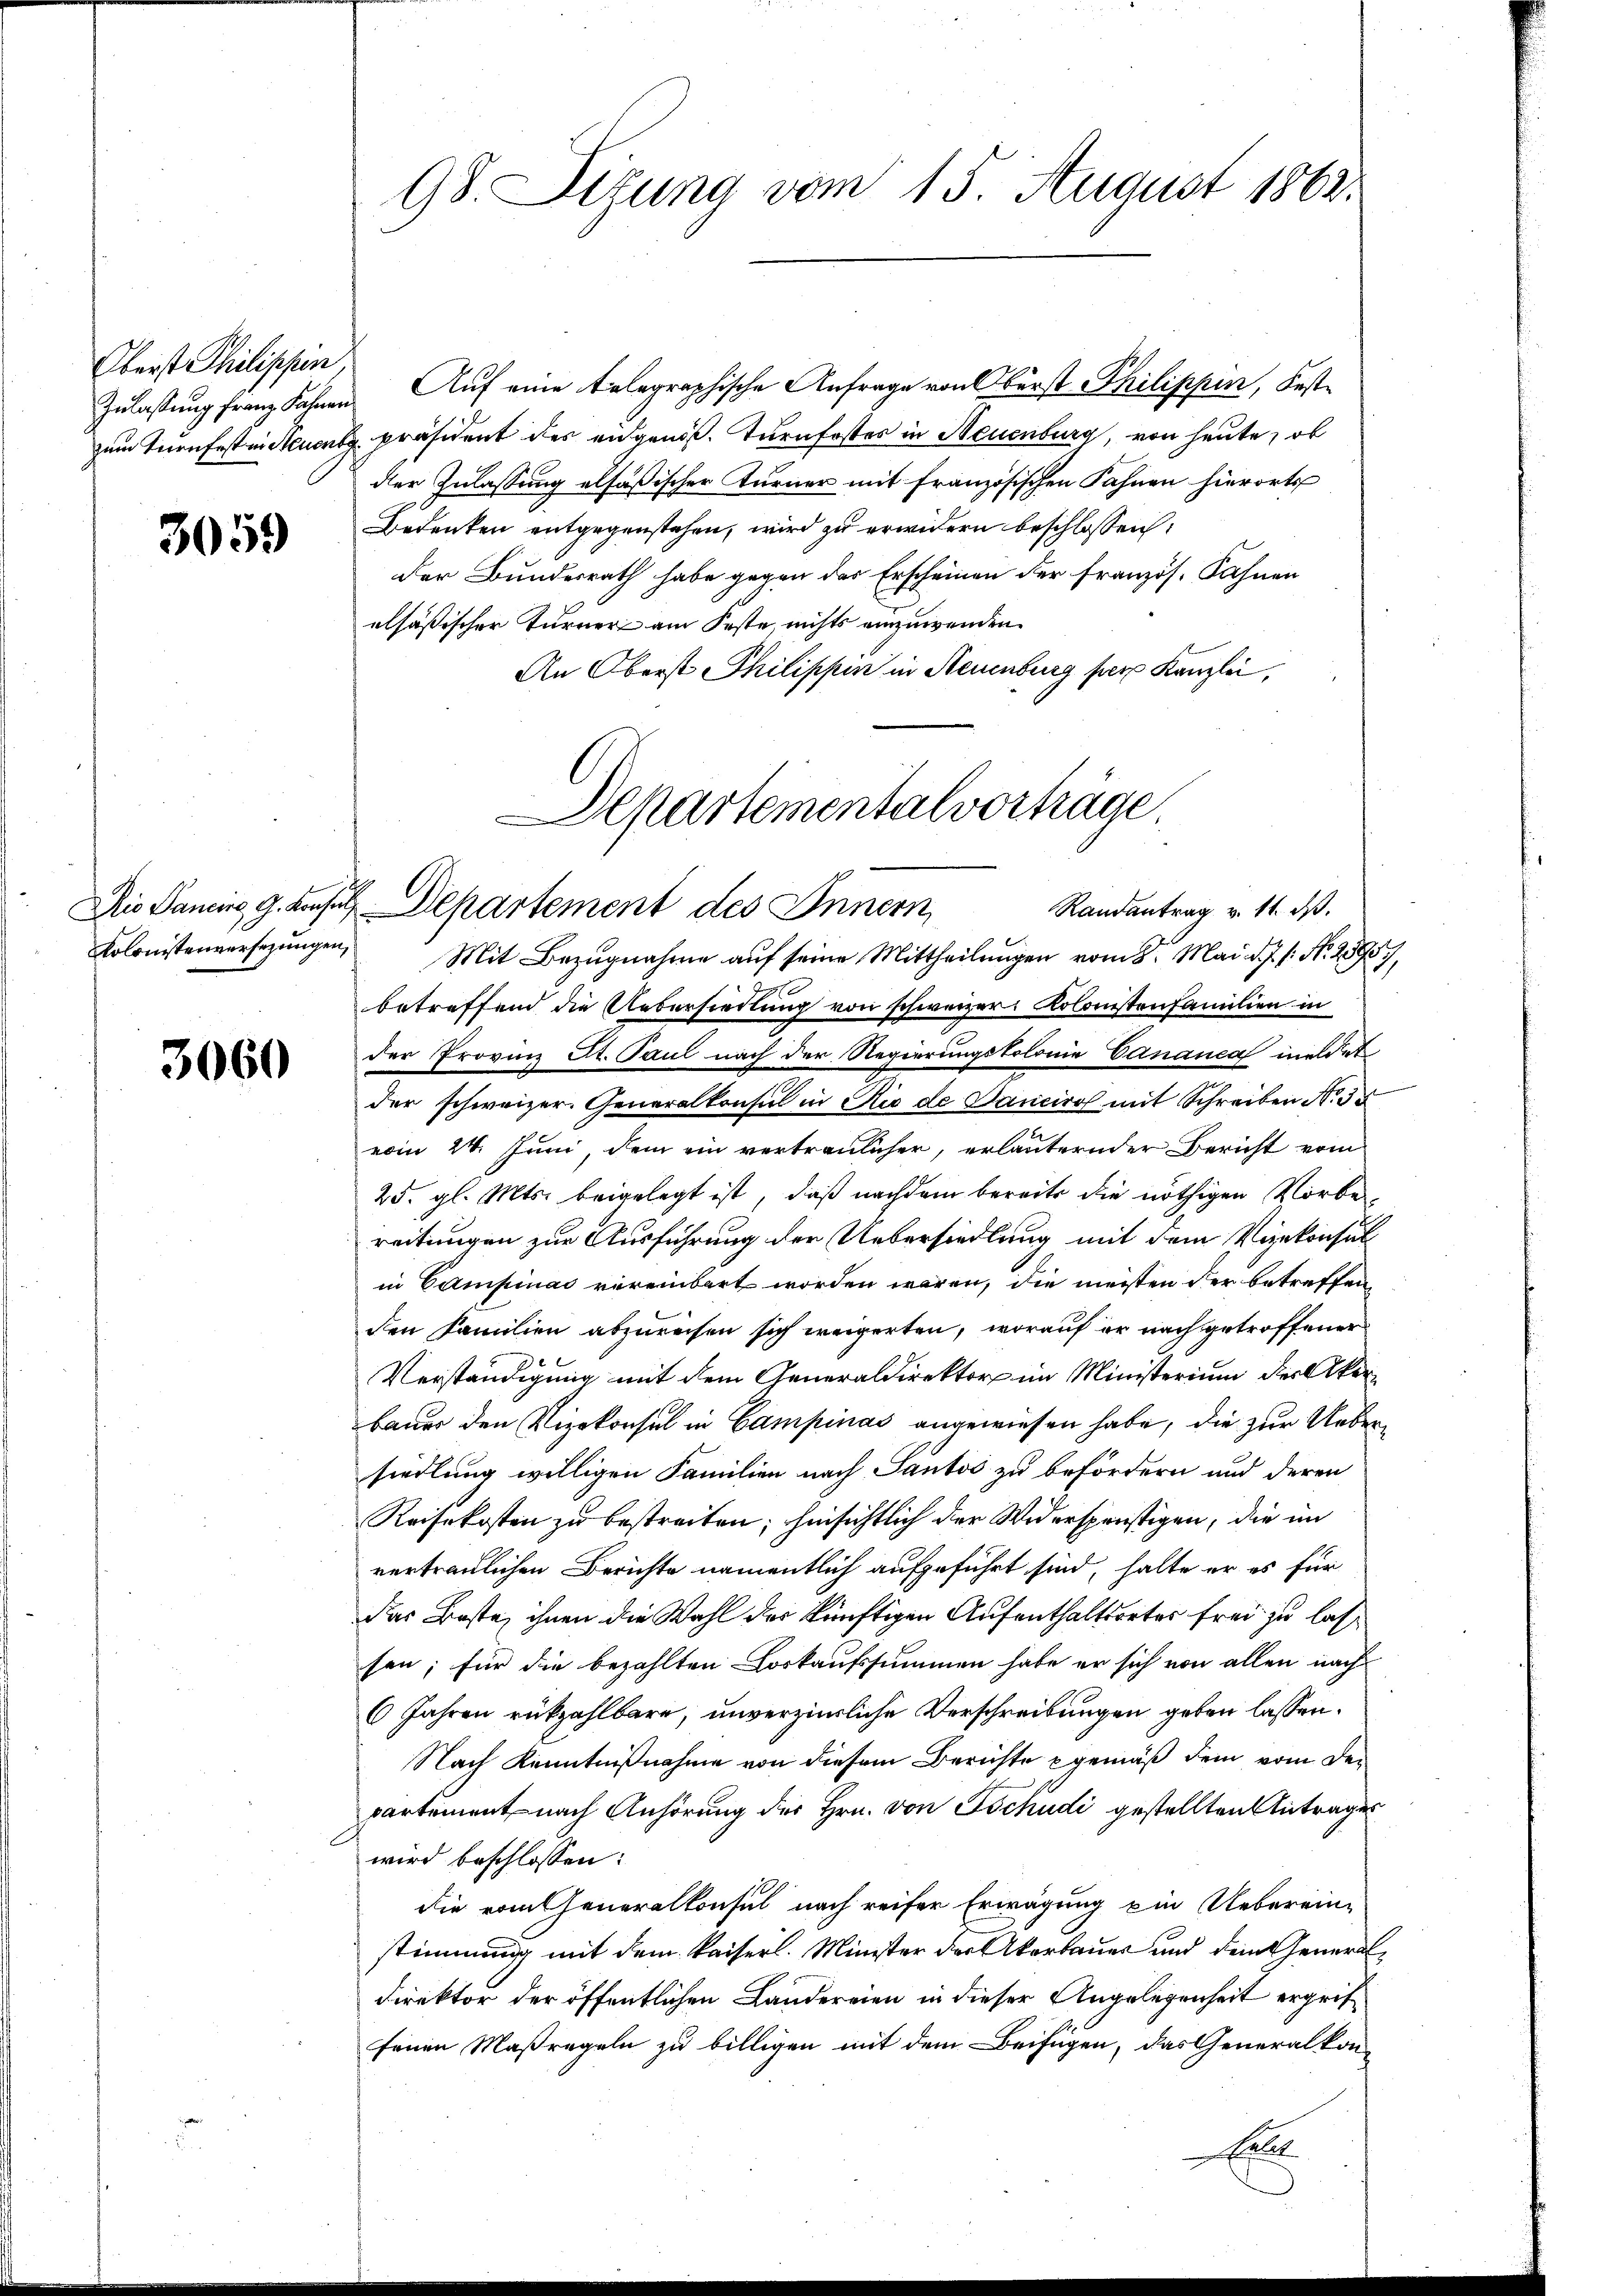
Oberst Philippen

3059

Kolonistenversezungen,

3060

Zulassung franz Sahnen. Auf eine telegraphische Anfrage von Oberst Philippin, Festzum Turnfesten Steuert präsident des eidgenöß. Turnfostes in Neuenburg, von heute, ob
der Zulassung elfäßischer Turner mit Französischen Fahnen hierorts
Bedenken entgegenstehen, wird zu erwidern beschlossen:
der Bundesrath habe gegen des Erscheinen der französ. Fahnen
elsäßischer Turner am Feste, nichts einzuwenden.
An Oberst Philippen in Neuenburg per Kanzlei,

Mit Bezugnahme auf seine Mittheilungen vom 8. Mai d. J. P. Nr. 28957,
betreffend die Uebersiedlung von schweizer Kolonistenfamilien in
der Provinz St. Paul nach der Regierungstolonie Cananea meldet
der schweizer. Generalkonsul in Rio de Sanciro mit Schreiben N. 35
vom 24. Juni, dem ein vertraulicher, erlauternder Bericht vom
25. gl. Mts. beigelegt ist, daß nachdem bereits die nöthigen Vorbe
reitungen zur Ausführung der Uebersiedlung mit dem Vizekonsul
in Campinac vereinbart worden wären, die meisten der betreffen,
den Familien abzureisen sich weigerten, worauf er nach getroffener
Verständigung mit dem Generaldirektor im Ministerium der Akerbauer den Vizekonsul in Campinas angewiesen habe, die zur Uebersiedlung willigen Familien nach Santi zu befördern und deren
Reisekosten zu bestreiten; hinsichtlich der Widersprüstigen, die im
vertraulichen Berichte namentlich aufgeführt sind, halte er es für
das Beste, ihnen die Wahl der künftigen Aufenthaltsortes frei zu lassen; für die bezahlten Loskaufssummen habe er sich von allen nach¬
6 Jahren rückzahlbare, unverzierliche Verschreibungen geben lassen.
Nach Kenntnißnahme von diesem Berichte gemäß dem vom Departement nach Anhörung des Hrn. von Tschudi gestellten Antrages
wird beschlossen:
die rotheneralkonsul nach reifer Erwägung ein Ueberein-
stimmung mit dem Kaiserl. Minister der Akarbauer und dem General¬
Direktor der öffentlichen Landereien in dieser Angelegenheit ergriffeinen Maßregeln zu billigen mit dem Beifügen, das Generalkon-
E

98. Sitzung vom 15. August 1862.

Departementalvorträge.
Die Dauere g. Konsul Departement des Innern,
Randantrag v. 11. ds.